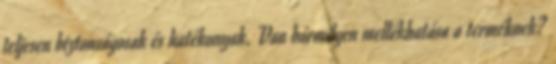
teljesen biztonságosak és hatékonyak. Van bármilyen mellékhatása a terméknek?